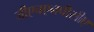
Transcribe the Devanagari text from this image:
जीएचएनपीसीए